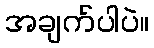
အချက်ပါပဲ။